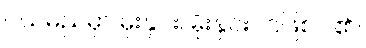
ငယ်မည်မှာ မိုးနှင်း၊ မိုးနှင်းပင်ဖြစ်ပါ၏။